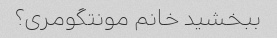
ببخشید خانم مونتگومری؟